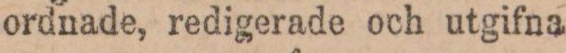
ordnade, redigerade och utgifna